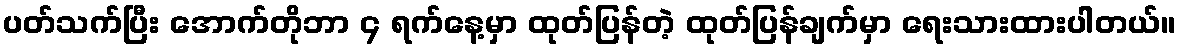
ပတ်သက်ပြီး အောက်တိုဘာ ၄ ရက်နေ့မှာ ထုတ်ပြန်တဲ့ ထုတ်ပြန်ချက်မှာ ရေးသားထားပါတယ်။